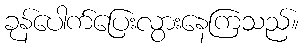
ခုန်ပေါက်ပြေးလွားနေကြသည်။